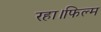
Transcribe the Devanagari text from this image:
रहा।फिल्म